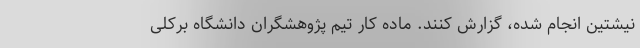
نیشتین انجام شده، گزارش کنند. مادّهٔ کار تیم پژوهشگران دانشگاه برکلی